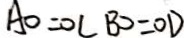
A O = O C B O = O D